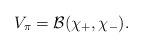
LaTeX: \begin{align*}V_{\pi}=\mathcal{B}(\chi_+,\chi_-). \end{align*}